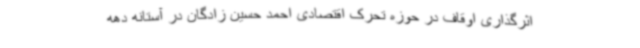
اثرگذاری اوقاف در حوزه تحرک اقتصادی احمد حسین زادگان در آستانه دهه